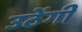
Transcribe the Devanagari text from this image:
उठेंगी